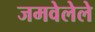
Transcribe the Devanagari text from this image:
जमवेलेले